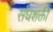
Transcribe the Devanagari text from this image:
संघशक्ती